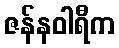
ဇန်နဝါရီက